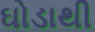
ઘોડાથી